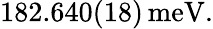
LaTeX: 182.640(18)\, \mathrm{meV}.